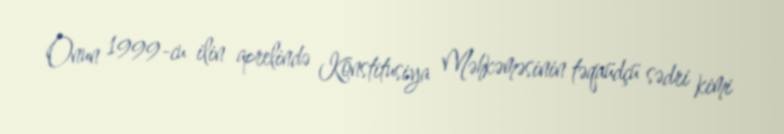
Onun 1999-cu ilin aprelində Konstitusiya Məhkəməsinin təqaüdçü sədri kimi